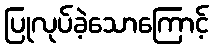
ပြုလုပ်ခဲ့သောကြောင့်